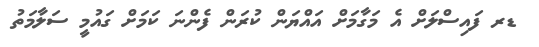
ޑރ ފައިސްލަށް އެ މަގާމަށް އައްޔަން ކުރަން ފެންނަ ކަމަށް ގައުމީ ސަލާމަތު